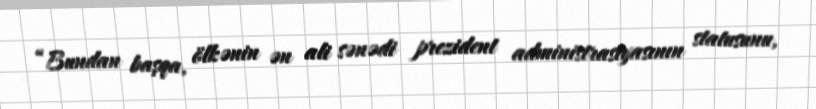
“Bundan başqa, ölkənin ən ali sənədi prezident administrasiyasının statusunu,